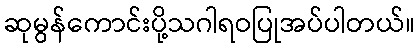
ဆုမွန်ကောင်းပို့သဂါရဝပြုအပ်ပါတယ်။